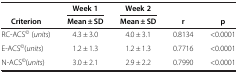
<table><thead><tr><td><b> </b></td><td><b>Week 1</b></td><td><b>Week 2</b></td><td><b> </b></td><td><b> </b></td></tr><tr><td><b>Criterion</b></td><td><b>Mean ± SD</b></td><td><b>Mean ± SD</b></td><td><b>r</b></td><td><b>p</b></td></tr></thead><tbody><tr><td>RC-ACS<sup>©</sup> (<i>units</i>)</td><td>4.3 ± 3.0</td><td>4.0 ± 3.1</td><td>0.8134</td><td>&lt;0.0001</td></tr><tr><td>E-ACS<sup>©</sup>(<i>units</i>)</td><td>1.2 ± 1.3</td><td>1.2 ± 1.3</td><td>0.7716</td><td>&lt;0.0001</td></tr><tr><td>N-ACS<sup>©</sup>(<i>units</i>)</td><td>3.0 ± 2.1</td><td>2.9 ± 2.2</td><td>0.7990</td><td>&lt;0.0001</td></tr></tbody></table>